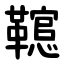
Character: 䪀